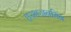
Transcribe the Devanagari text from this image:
हरभजनसिंग